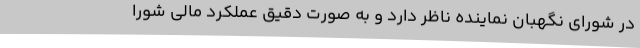
در شورای نگهبان نماینده ناظر دارد و به صورت دقیق عملکرد مالی شورا